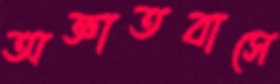
অজ্ঞাতবাসে